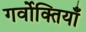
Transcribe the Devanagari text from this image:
गर्वोक्तियाँ